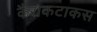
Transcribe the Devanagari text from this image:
कैराकटाकस